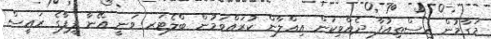
މަގާމުން އިސްތިއުފާ ދެއްވިކަން އިޢްލާން ކުރައްވަމުން ބްލެޓަރ ވަނީ އޭނާ ފީފާގެ ރައީސް